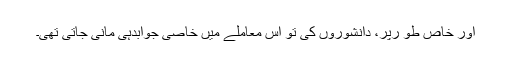
اور خاص طو رپر، دانشوروں کی تو اس معاملے میں خاصی جوابدہی مانی جاتی تھی۔